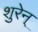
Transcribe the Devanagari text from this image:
शुरेन्